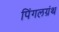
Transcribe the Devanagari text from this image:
पिंगलग्रंथ